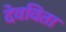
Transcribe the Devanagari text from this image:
देवविता